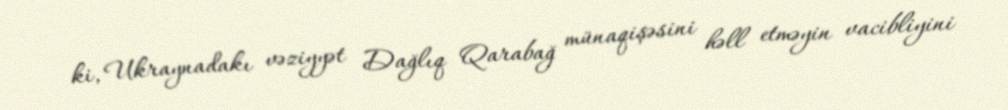
ki, Ukraynadakı vəziyyət Dağlıq Qarabağ münaqişəsini həll etməyin vacibliyini